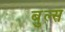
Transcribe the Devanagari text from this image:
बुल्‍स